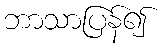
ဘာသာပြန်၍